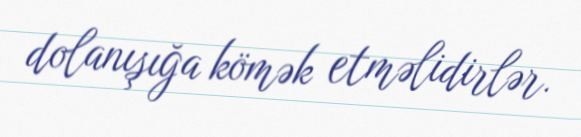
dolanışığa kömək etməlidirlər.